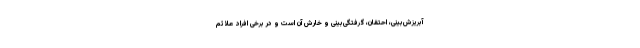
آبریزش‌بینی، احتقان، گرفتگی‌بینی و خارش آن است و در برخی افراد علائم